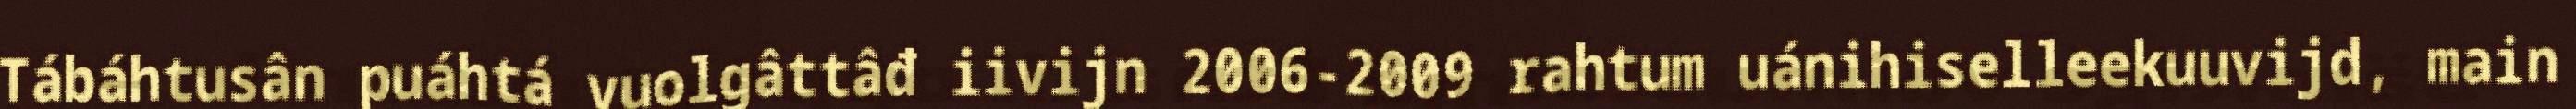
Tábáhtusân puáhtá vuolgâttâđ iivijn 2006-2009 rahtum uánihiselleekuuvijd, main